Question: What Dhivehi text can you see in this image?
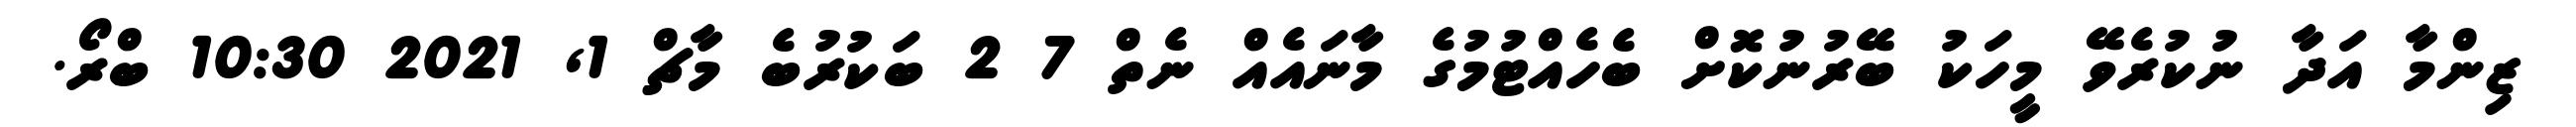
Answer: ޒިންމާ އަދާ ނުކުރެވޭ މީހަކު ބޭރުނުކޮށް ބެހެއްޓުމުގެ މާނައެއް ނެތް 7 2 ބަކުރުބެ މާޗް 1, 2021 10:30 ބްރޯ.